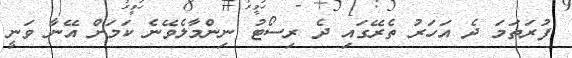
ފުރަތަމަ ދެ އަހަރު ތެރޭގައި ދެ ރިސޯޓު ނިންމާލެވޭނެ ކަމަށް އޭނާ ވަނީ